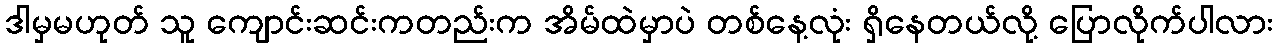
ဒါမှမဟုတ် သူ ကျောင်းဆင်းကတည်းက အိမ်ထဲမှာပဲ တစ်နေ့လုံး ရှိနေတယ်လို့ ပြောလိုက်ပါလား